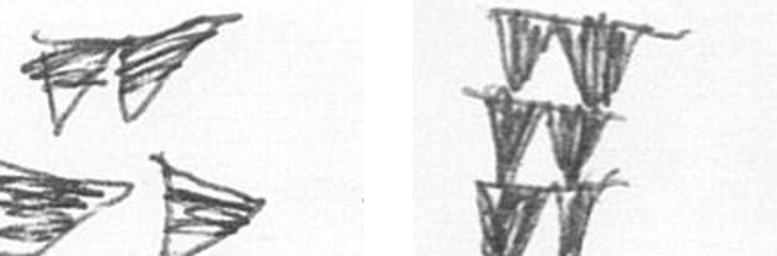
B Y